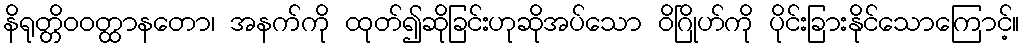
နိရုတ္တိဝဝတ္ထာနတော၊ အနက်ကို ထုတ်၍ဆိုခြင်းဟုဆိုအပ်သော ဝိဂြိုဟ်ကို ပိုင်းခြားနိုင်သောကြောင့်။